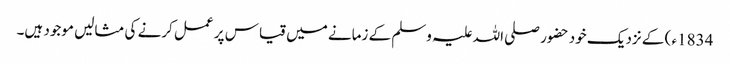
1834ء ) کے نزدیک خود حضور صلی اللہ علیہ وسلم کے زمانے میں قیاس پر عمل کرنے کی مثالیں موجود ہیں۔